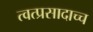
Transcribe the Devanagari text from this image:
त्वत्प्रसादाच्च